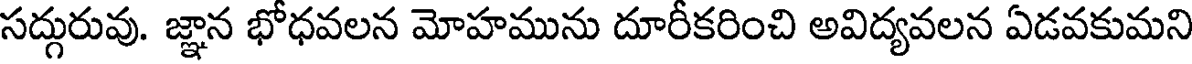
సద్గురువు. జ్ఞాన భోధవలన మోహమును దూరీకరించి అవిద్యవలన ఏడవకుమని